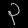
Digit: ၃